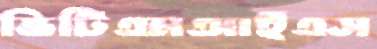
ভিটিএমআইএস